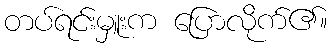
တပ်ရင်းမှူးက ပြောလိုက်၏။